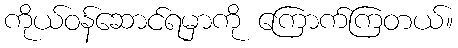
ကိုယ်ဝန်ဆောင်ရမှာကို ကြောက်ကြတယ်။